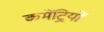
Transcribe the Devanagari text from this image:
कमेंट्रियों